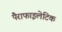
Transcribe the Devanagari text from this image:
पैराफाइलेटिक